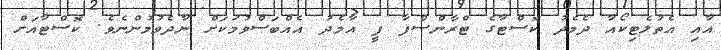
އާއި އެތުލެޓިކޯއާ ދެމެދު ކޮސްޓާގެ ޓްރާންސްފާ ފީ އާމެދު އެއްބަސްވުމަކަށް ނާދެވުމުންނެވެ. ކޮސްޓާއަށް